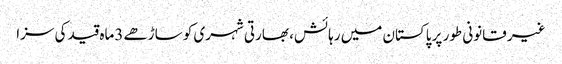
غیر قانونی طور پر پاکستان میں رہائش، بھارتی شہری کو ساڑھے 3ماہ قید کی سزا